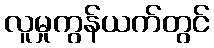
လူမှုကွန်ယက်တွင်